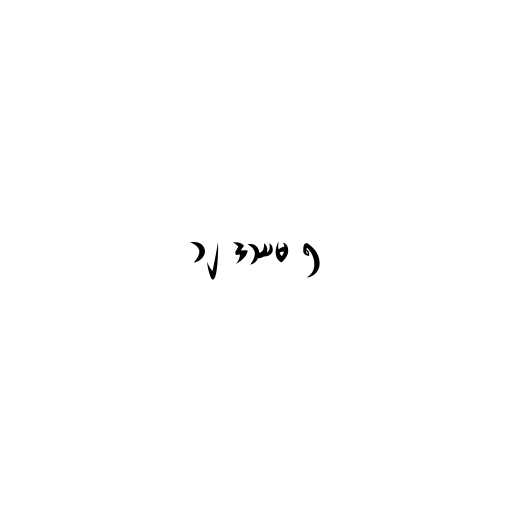
၁၂ ဒဿမ ၅